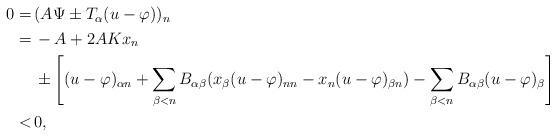
LaTeX: \begin{align*}\begin{aligned}0 = \,& (A \Psi \pm T_\alpha (u - \varphi))_n\\ = \,& - A + 2 A K x_n \\ & \pm \left[(u - \varphi)_{\alpha n}+\sum_{\beta<n}B_{\alpha\beta}(x_{\beta}(u-\varphi)_{nn}-x_n(u-\varphi)_{\beta n})-\sum_{\beta<n}B_{\alpha\beta}(u-\varphi)_{\beta}\right]\\ < \,& 0,\end{aligned}\end{align*}